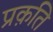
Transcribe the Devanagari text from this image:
प्रक़ति